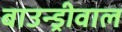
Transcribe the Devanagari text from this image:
बाउन्ड्रीवाल